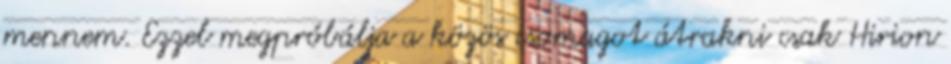
mennem. Ezzel megpróbálja a közös csomagot átrakni csak Hirion